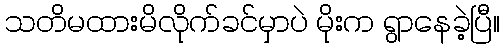
သတိမထားမိလိုက်ခင်မှာပဲ မိုးက ရွာနေခဲ့ပြီ။